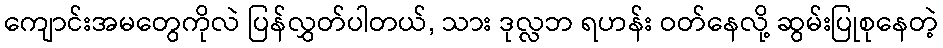
ကျောင်းအမတွေကိုလဲ ပြန်လွှတ်ပါတယ်, သား ဒုလ္လဘ ရဟန်း ဝတ်နေလို့ ဆွမ်းပြုစုနေတဲ့